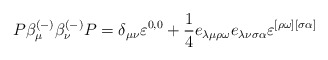
\begin{align*}P\beta _\mu ^{(-)}\beta _\nu ^{(-)}P=\delta _{\mu \nu }\varepsilon^{0,0}+\frac 14e_{\lambda \mu \rho \omega }e_{\lambda \nu \sigma \alpha}\varepsilon ^{[\rho \omega ][\sigma \alpha ]}\end{align*}